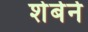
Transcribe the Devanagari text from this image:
शेर्बर्न